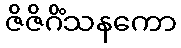
ဇိဇိဂိံသနကော